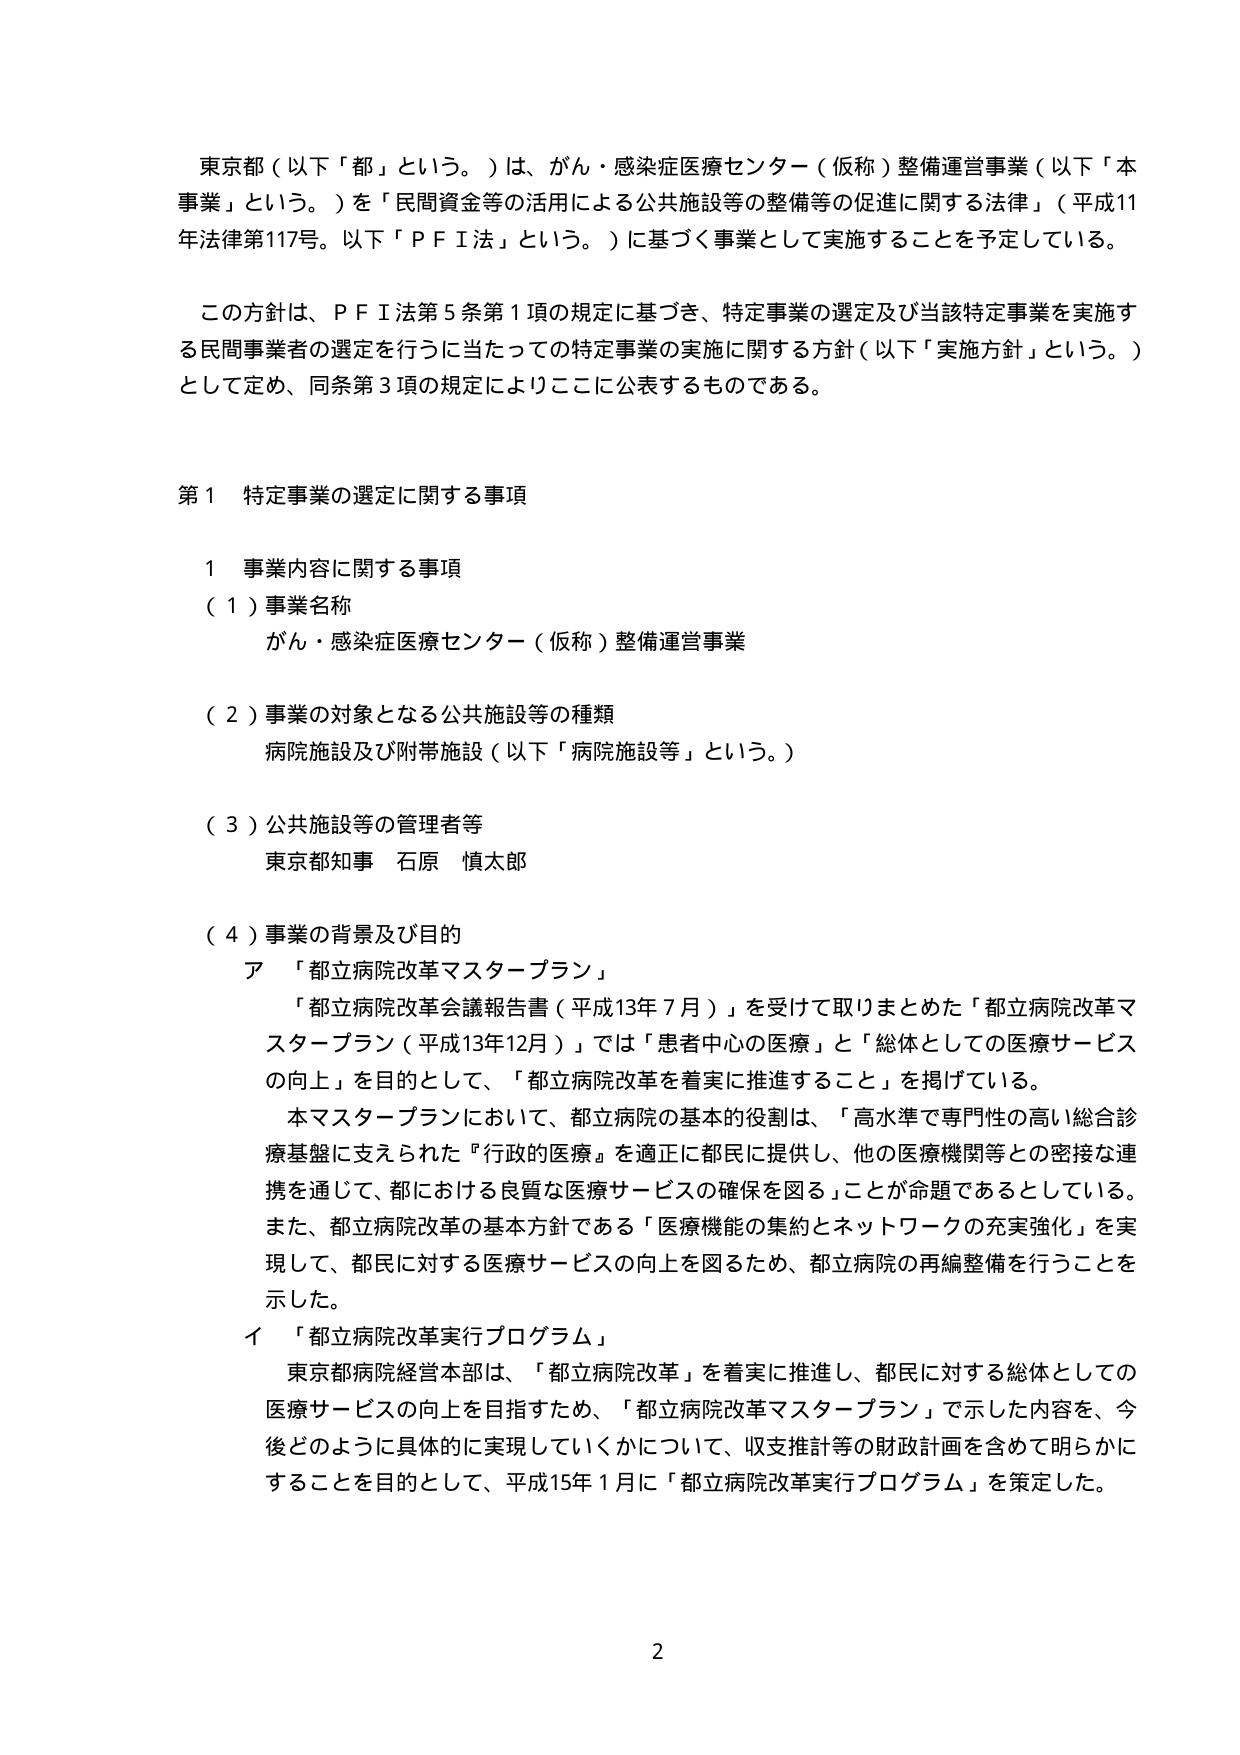
東京都（以下「都」という。）は、がん・感染症医療センター（仮称）整備運営事業（以下「本事業」という。）を「民間資金等の活用による公共施設等の整備等の促進に関する法律」（平成11年法律第117号。以下「ＰＦＩ法」という。）に基づく事業として実施することを予定している。

この方針は、ＰＦＩ法第５条第１項の規定に基づき、特定事業の選定及び当該特定事業を実施する民間事業者の選定を行うに当たっての特定事業の実施に関する方針（以下「実施方針」という。）として定め、同条第３項の規定によりここに公表するものである。

第１ 特定事業の選定に関する事項

１ 事業内容に関する事項

（１）事業名称
がん・感染症医療センター（仮称）整備運営事業

（２）事業の対象となる公共施設等の種類
病院施設及び附帯施設（以下「病院施設等」という。）

（３）公共施設等の管理者等
東京都知事 石原 慎太郎

（４）事業の背景及び目的
ア 「都立病院改革マスタープラン」
「都立病院改革会議報告書（平成13年７月）」を受けて取りまとめた「都立病院改革マスタープラン（平成13年12月）」では「患者中心の医療」と「総体としての医療サービスの向上」を目的として、「都立病院改革を着実に推進すること」を掲げている。
本マスタープランにおいて、都立病院の基本的役割は、「高水準で専門性の高い総合診療基盤に支えられた『行政的医療』を適正に都民に提供し、他の医療機関等との密接な連携を通じて、都における良質な医療サービスの確保を図る」ことが命題であるとしている。
また、都立病院改革の基本方針である「医療機能の集約とネットワークの充実強化」を実現して、都民に対する医療サービスの向上を図るため、都立病院の再編整備を行うことを示した。
イ 「都立病院改革実行プログラム」
東京都病院経営本部は、「都立病院改革」を着実に推進し、都民に対する総体としての医療サービスの向上を目指すため、「都立病院改革マスタープラン」で示した内容を、今後どのように具体的に実現していくかについて、収支推計等の財政計画を含めて明らかにすることを目的として、平成15年１月に「都立病院改革実行プログラム」を策定した。

2